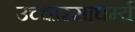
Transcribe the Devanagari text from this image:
उच्चारसाधर्म्य